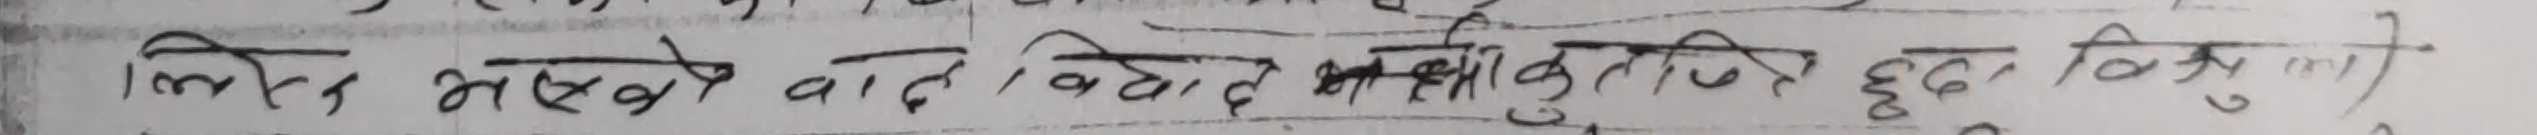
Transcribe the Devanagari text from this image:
लिन भएसको बात बिदा भसकुति छद् किन्तु